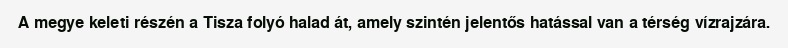
A megye keleti részén a Tisza folyó halad át, amely szintén jelentős hatással van a térség vízrajzára.